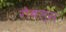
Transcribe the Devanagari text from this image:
गेबल्स